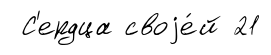
С'ердца своjе́й 21